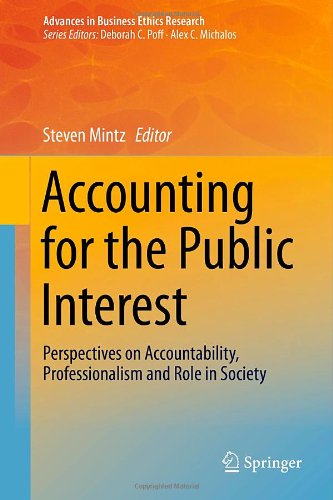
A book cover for Accounting for the Public Interest: Perspectives on Accountability, Professionalism and Role in Society (Advances in Business Ethics Research); Law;